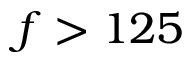
f > 1 2 5